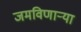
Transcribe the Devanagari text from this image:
जमविणार्‍या